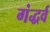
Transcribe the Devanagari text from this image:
गंद्धर्व